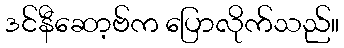
ဒင်နီဆော့ဗ်က ပြောလိုက်သည်။